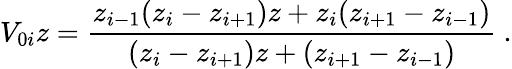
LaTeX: V_{0i}z=\frac{z_{i-1}(z_{i}-z_{i+1})z+z_{i}(z_{i+1}-z_{i-1})}{(z_{i}-z_{i+1})z+(z_{i+1}-z_{i-1})}\ .